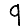
Digit: 9